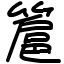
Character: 簄